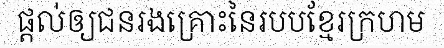
ផ្តល់ឲ្យជនរងគ្រោះនៃរបបខ្មែរក្រហម